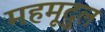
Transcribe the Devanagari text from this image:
महमूदुल